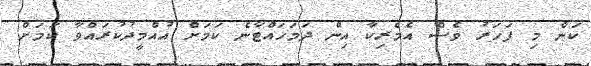
ކަން މި ފަހަރު ވެސް އެމެރިކާ އިން ދަމަހައްޓާނެ ކަމަށް އުއްމީދުކުރައްވާ ކަމަށް